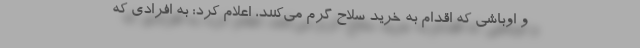
و اوباشی که اقدام به خرید سلاح گرم می‌کنند، اعلام کرد: به افرادی که